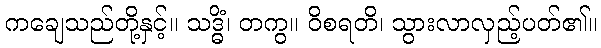
ကချေသည်တို့နှင့်။ သဒ္ဓိံ၊ တကွ။ ဝိစရတိ၊ သွားလာလှည့်ပတ်၏။